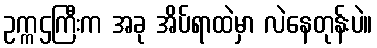
ဥက္ကဌကြီးက အခု အိပ်ရာထဲမှာ လဲနေတုန်းပဲ။